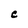
Character: C